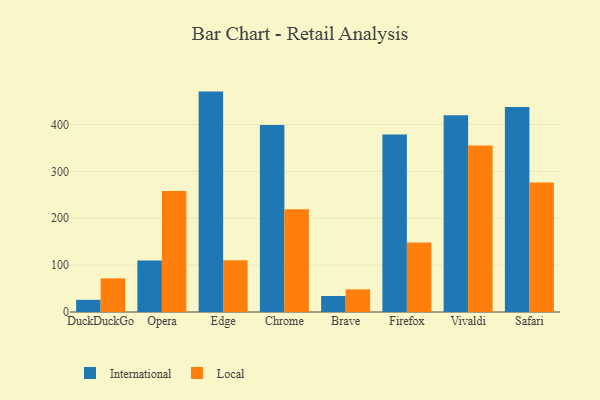
{"axis": {"x": "Browser", "y": "Production Output"}, "legend": ["International", "Local"], "data": [{"x": "DuckDuckGo", "y": 26.0, "type": "International"}, {"x": "DuckDuckGo", "y": 71.8, "type": "Local"}, {"x": "Opera", "y": 109.8, "type": "International"}, {"x": "Opera", "y": 258.3, "type": "Local"}, {"x": "Edge", "y": 470.2, "type": "International"}, {"x": "Edge", "y": 110.6, "type": "Local"}, {"x": "Chrome", "y": 399.0, "type": "International"}, {"x": "Chrome", "y": 219.3, "type": "Local"}, {"x": "Brave", "y": 34.1, "type": "International"}, {"x": "Brave", "y": 48.3, "type": "Local"}, {"x": "Firefox", "y": 378.6, "type": "International"}, {"x": "Firefox", "y": 148.4, "type": "Local"}, {"x": "Vivaldi", "y": 419.9, "type": "International"}, {"x": "Vivaldi", "y": 355.3, "type": "Local"}, {"x": "Safari", "y": 437.2, "type": "International"}, {"x": "Safari", "y": 276.1, "type": "Local"}]}